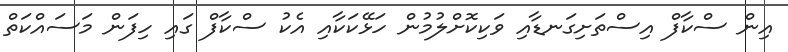
އިން ސްކާފް އިސްތަށިގަނޑާއި ވަކިކޮށްލުމުން ހަޅޭކަކާއި އެކު ސްކާފް ގައި ހިފަން މަސައްކަތް